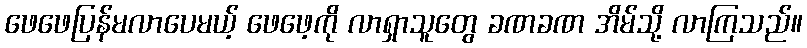
ဖေဖေပြန်မလာပေမယ့် ဖေဖေ့ကို လာရှာသူတွေ ခဏခဏ အိမ်သို့ လာကြသည်။